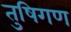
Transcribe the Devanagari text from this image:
तुषिगण